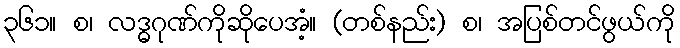
၃၆၁။ စ၊ လဒ္ဓဂုဏ်ကိုဆိုပေအံ့။ (တစ်နည်း) စ၊ အပြစ်တင်ဖွယ်ကို